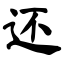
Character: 还